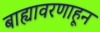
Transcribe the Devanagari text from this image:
बाह्यावरणाहून